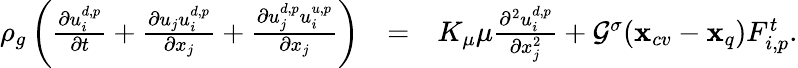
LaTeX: \begin{array}{rlr}{\rho_{g}\left(\frac{\partial u_{i}^{d,p}}{\partial t}+\frac{\partial u_{j}u_{i}^{d,p}}{\partial x_{j}}+\frac{\partial u_{j}^{d,p}u_{i}^{u,p}}{\partial x_{j}}\right)}&{=}&{{K_{\mu}\mu}\frac{\partial^{2}{u_{i}^{d,p}}}{\partial x_{j}^{2}}+{\mathcal G}^{\sigma}(\mathbf{x}_{cv}-\mathbf{x}_{q})F_{i,p}^{t}.}\end{array}